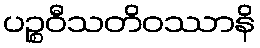
ပဉ္စဝီသတိဝဿာနိ